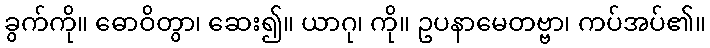
ခွက်ကို။ ဓောဝိတွာ၊ ဆေး၍။ ယာဂု၊ ကို။ ဥပနာမေတဗ္ဗာ၊ ကပ်အပ်၏။